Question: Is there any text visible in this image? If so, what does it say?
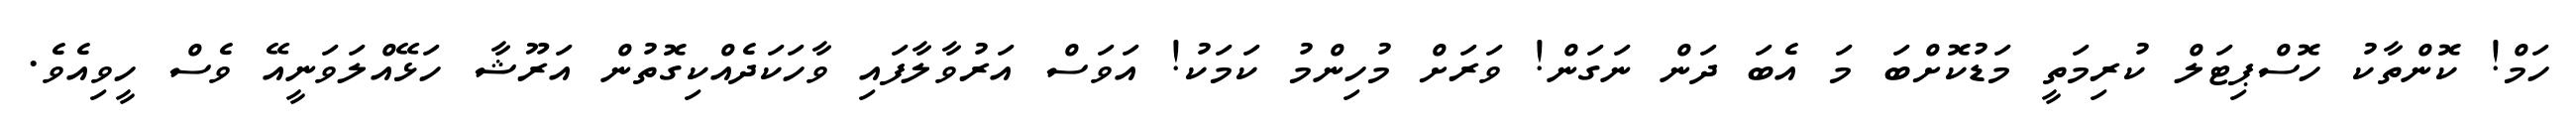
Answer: ހަމް! ކޮންތާކު ހޮސްޕިޓަލް ކުރިމަތީ މަޑުކޮށްބަ މަ އެބަ ދަން ނަގަން! ވަރަށް މުހިންމު ކަމަކު! އަވަސް އަރުވާލާފައި ވާހަކަދެއްކިގޮތުން އަރޫޝާ ހަޅޭއްލަވަނީއޭ ވެސް ހީވިއެވެ.